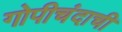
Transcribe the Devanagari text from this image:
गोपीचंदाची